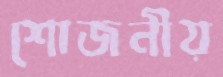
শোজনীয়